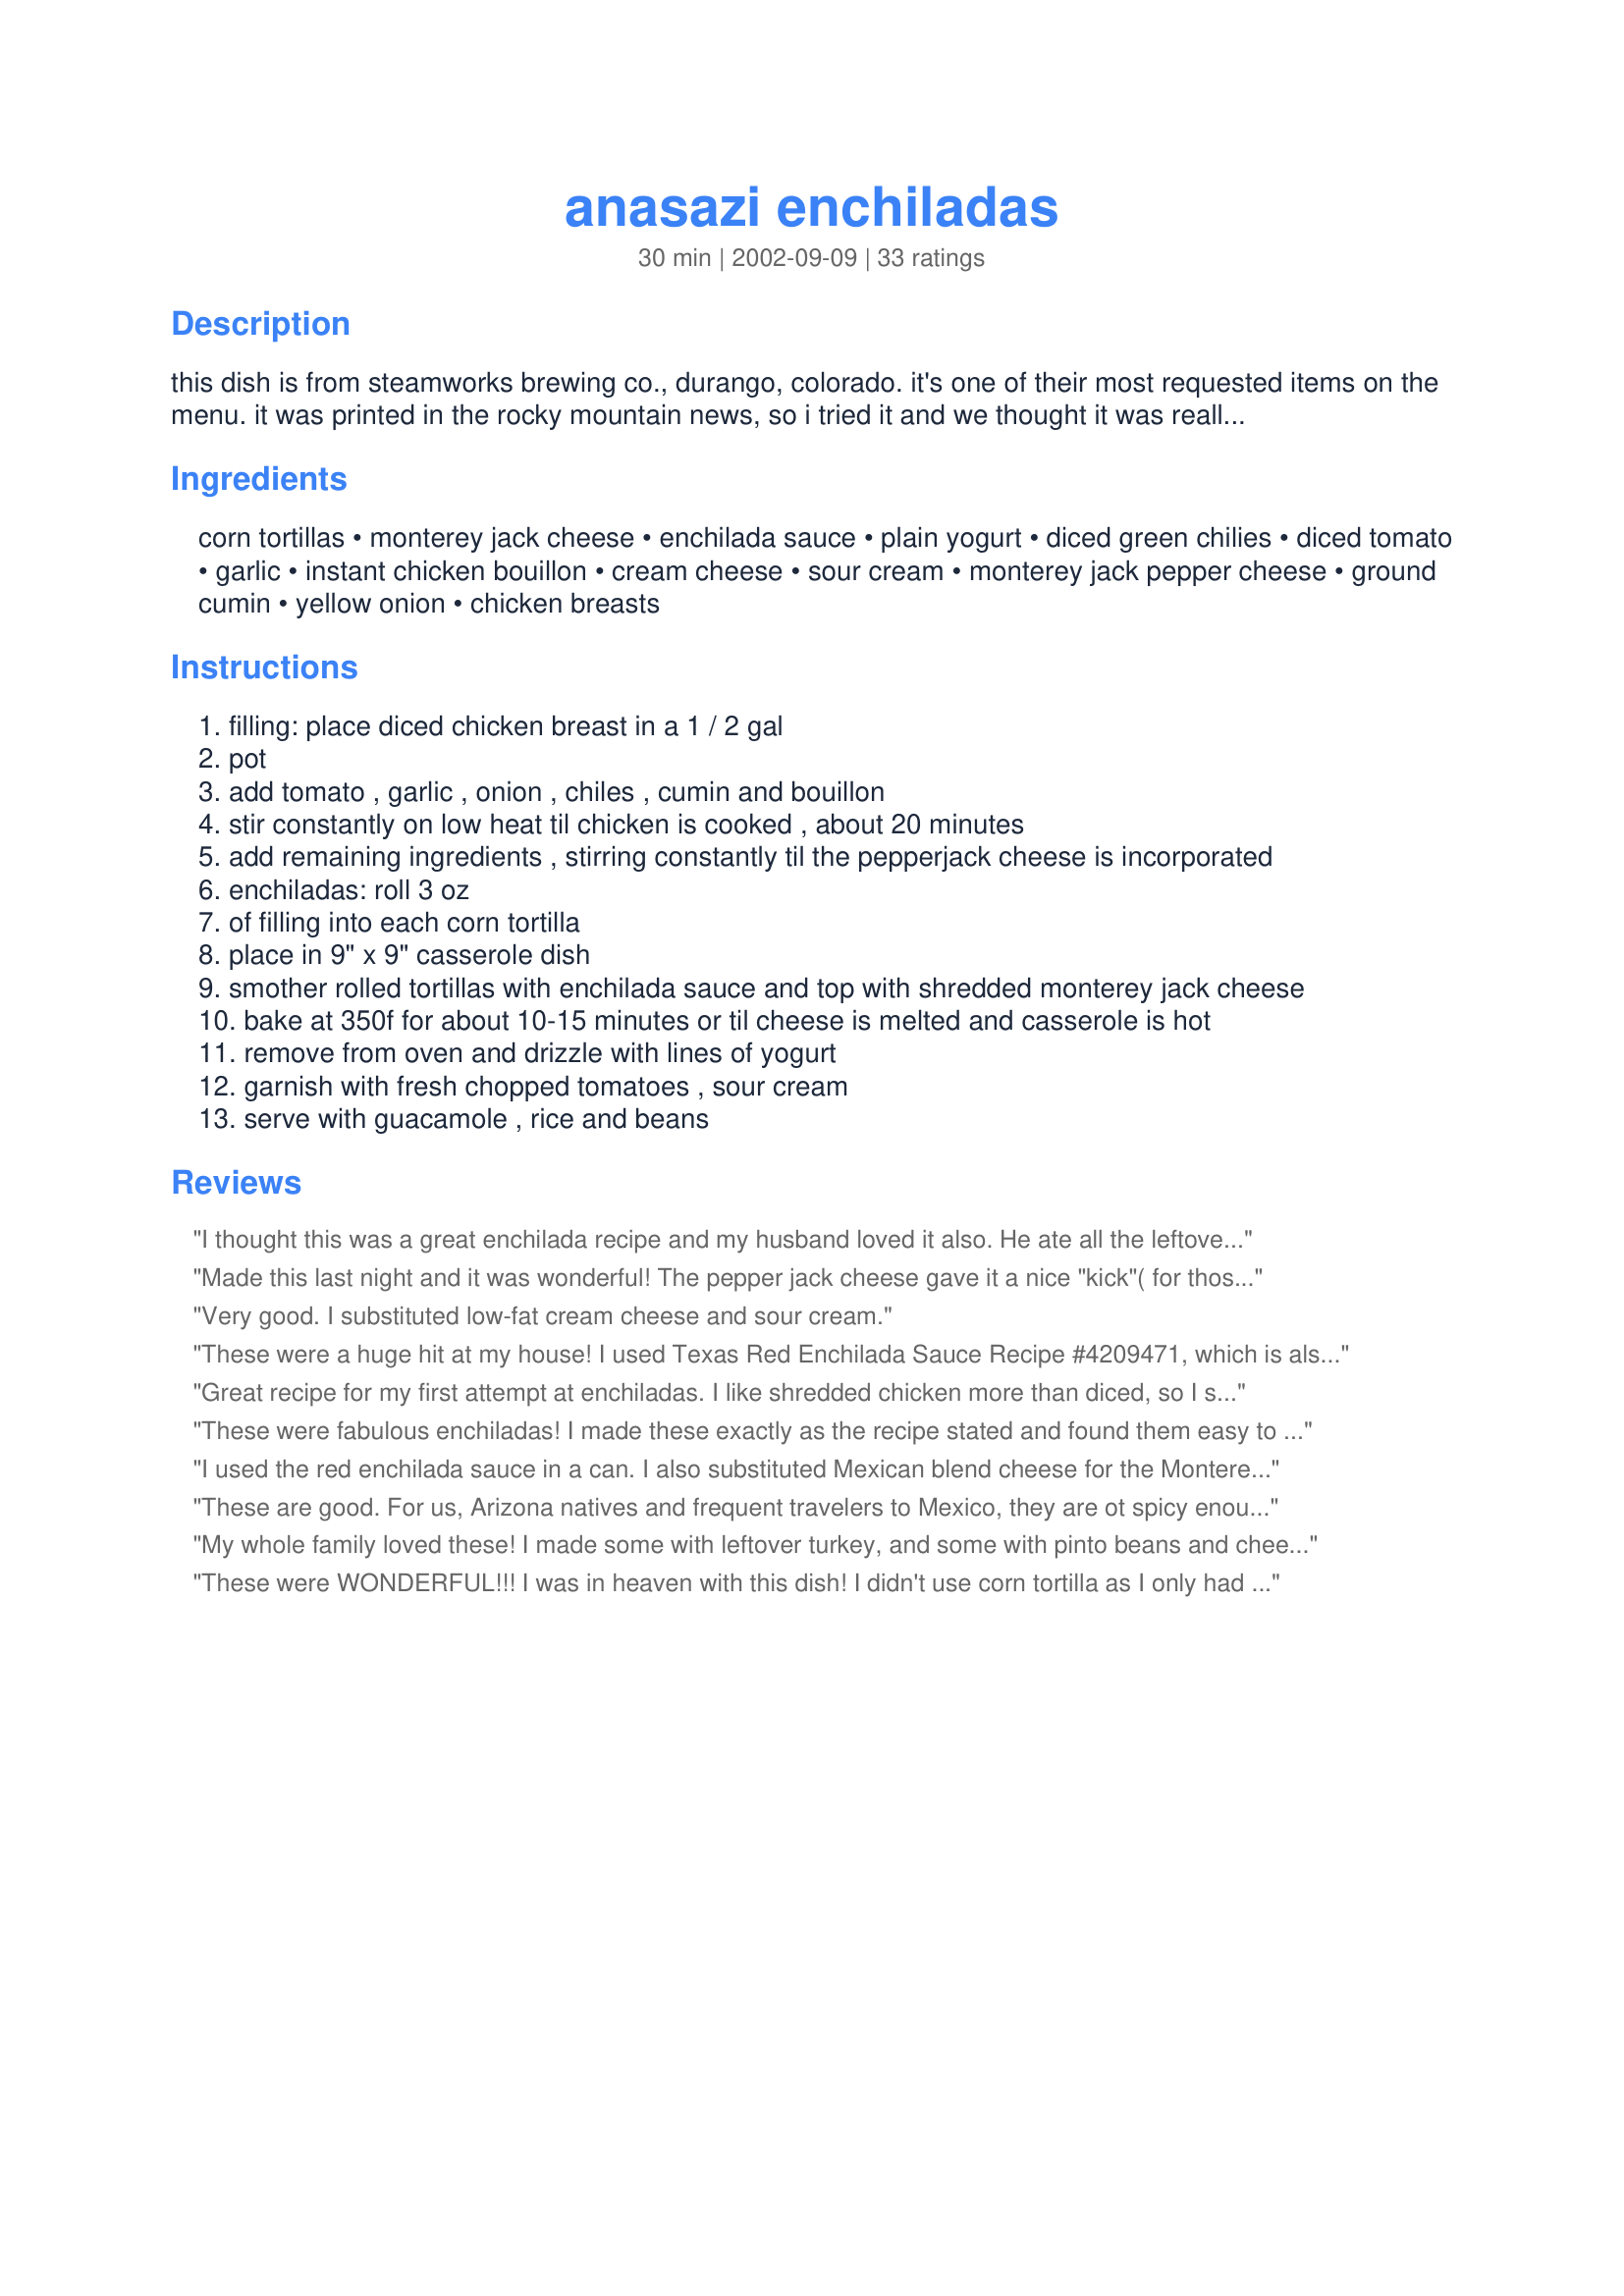
anasazi enchiladas
Preparation time: 30 minutes

this dish is from steamworks brewing co., durango, colorado. it's one of their most requested items on the menu. it was printed in the rocky mountain news, so i tried it and we thought it was really tasty. these enchiladas are named for the anasazi ruins at mesa verde national park, according to chef scotty krick.

Ingredients:
corn tortillas, monterey jack cheese, enchilada sauce, plain yogurt, diced green chilies, diced tomato, garlic, instant chicken bouillon, cream cheese, sour cream, monterey jack pepper cheese, ground cumin, yellow onion, chicken breasts

Steps:
filling: place diced chicken breast in a 1 / 2 gal
pot
add tomato , garlic , onion , chiles , cumin and bouillon
stir constantly on low heat til chicken is cooked , about 20 minutes
add remaining ingredients , stirring constantly til the pepperjack cheese is incorporated
enchiladas: roll 3 oz
of filling into each corn tortilla
place in 9" x 9" casserole dish
smother rolled tortillas with enchilada sauce and top with shredded monterey jack cheese
bake at 350f for about 10-15 minutes or til cheese is melted and casserole is hot
remove from oven and drizzle with lines of yogurt
garnish with fresh chopped tomatoes , sour cream
serve with guacamole , rice and beans

Reviews:
I thought this was a great enchilada recipe and my husband loved it also. He ate all the leftovers for breakfast! Only difference is I used flour tortillas and mexican queso fresco to top instead of M.J. I've never liked corn tortillas. Will make again!
Made this last night and it was wonderful! The pepper jack cheese gave it a nice "kick"( for those of you who don't like that much "heat" all Monterey Jack or a combination of half and half would be good ).A yummy meal for a cold, rainy night- thanks, Laudee C !
Very good. I substituted low-fat cream cheese and sour cream.
These were a huge hit at my house! I used Texas Red Enchilada Sauce
Recipe #4209471, which is also a delicious recipe.
This recipe pleased my picky husband! That's saying a lot!
Great recipe for my first attempt at enchiladas. I like shredded chicken more than diced, so I slow cooked my chicken breasts for 6 hours in the crockpot with a bit of water. It worked well. I didn't buy sour cream, so I just used 3 oz of cream cheese. Really excellent filling that I will eat alone! I would definitely recommend the Texas Red Enchilada Sauce -- as long as your chili powder is not too hot, it won't overwhelm the delicate filling. Yum!
These were fabulous enchiladas! I made these exactly as the recipe stated and found them easy to prepare and delicious to eat. We enjoyed them with spanish rice and beans on the side. Next time I fix these, I will probably use flour tortillas just because I find them to be easier to work with. Corn tortillas always seem to crack when I roll them. Thanks for this wonderful recipe, LAU =^..^=DEE!!
I used the red enchilada sauce in a can. I also substituted Mexican blend cheese for the Monterey Jack cheese and used 1/3 less fat cream cheese and low fat sour cream and you couldn't tell the difference.. Will be making again soon as everyone here gave it 5+ stars. Excellent recipe Laudee!
These are good. For us, Arizona natives and frequent travelers to Mexico, they are ot spicy enough, but very good for our "gringo" friends.
My whole family loved these! I made some with leftover turkey, and some with pinto beans and cheese for a vegetarian version. I used flour tortillas, and a can of tomatoes with chiles instead of the tomatoes and can of chiles. This was served with mashed pinto beans, yellow rice, and cole slaw. Yummy! Thanks Laudee!
These were WONDERFUL!!! I was in heaven with this dish! I didn't use corn tortilla as I only had flour but they came out delicious.
I too replaced the chicken with beans, in my case pink beans. I thought this was absolutely delicious, and I will be making it often in the future.
The only problem I had was that I had a lot of filling left over after filling the tortillas.
Hi Laudee! We all enjoy your homecooked meals as does the rest of the famiy. Keep the goodies coming to share with the rest of the world. Jan and Chuck
We enjoyed these enchiladas. I would chop my chicken a little finer as I didn't like the bigger chunks but that's no fault of the recipe - just my preference. I too used Recipe #42094 for the sauce and left out the green chilies (due to wimpy kids). Thanks for posting!
Laudee we had this last night and really enjoyed it. Had to substitute the pepperjack cheese for cheddar, the yellow onions for shallots because I can not buy the mentioned ingredients here. I first thought there was liquid missing as an ingredient, but whilst stirring the dish the ingredients produced enough. The only different thing I did was using more cumin.
 These were very good! I also added some green peppers and maybe a little extra cheese. I would like to make these again, but next time I would reduce the amount of red sauce I use. Thanks for letting us try this too!
I don't recall the last time I made something that got such rave reviews from my family. They scarfed it up like it was their last meal. Definitely a keeper.
Excellent! I actually substituted the Morningstar Veggie Crumbles in place of chicken, and veggie bouillon instead of chicken bouillon for the vegetarian portion of my family and it turned out great. After the first time I made it, I get requests for it all the time.
DELICIOUS and freezes well. Followed the recipe exactly except substituted sour cream for the yogurt. Used sauce #42094 YUM!!!
These were good - will make again.
These are excellent!! I have eaten a lot of great Mexican food in Arizona and Mexico and, I can honestly say, that this recipe stands up to the best! Unfortunately, a marginal enchilada sauce can make this five-star recipe into a three or four-star recipe because the sauce significantly influences the overall taste (including the spiciness and heat you want). Therefore, I would highly recommend using a very good quality enchilada sauce!
I made this using the texas red enchilada sauce as recommended by other reviewers. I used low fat cream cheese, no sour cream, low fat cheese, and low fat, high fiber flour tortillas. I also added 2 garlic cloves and a jalapeno to spice it up. It was really good. Next time, may try with a green enchilada sauce.
This was pretty good, but I thought the red enchilada sauce overpowered the filling. I think it would be better with green.
This "gringo" loved them! I had no difficulty scaling the recipe for 2 servings. I gestimated the "ounces" of sour cream & cheeses but otherwise, I followed the recipe exactly. I credit part of the success of this dish to Mark Hendrick's Texas Red Enchilada Sauce (recipe #42094). Thanx Laudee!
Delicious enchiladas! I made some enchiladas as the recipe is written. I also made some of them vegetarian by replacing chicken with drained and rinsed black beans, extra cheese and omitting the chicken bouillon. Either way these enchiladas were wonderful. Thanks for sharing this recipe with us LAU=^..^=DEE!
We had these for dinner this evening. Rated more than 5 stars in our book. I used leftover baked chicken,mostly dark meat..I made recipe #42094 Texas Red Enchildas sauce for this had enough filling for 12 corn tortillas,I cooked half and froze half for later..I would highly recommend this recipe..Thank U....
I made a 9X13 pan of these for my family for dinner last night and there were TWO enchiladas left. They loved them. Great recipe I will definitely make again.
I made these wonderful enchiladas for Wednesday Night Dinner at my church. To accommodate serving 125 people, I changed the preparation by baking the chicken, shredding it and adding that to the tomatoes, etc. in Step 3, that I sauteed on the grill top. Also used flour tortillas instead of corn. Just spicy enough to please a variety of tastes. We got rave reviews and many requests for the recipe!! They were great served with refried beans and Spanish Garden Rice #72377. Thanks, Laudee--we'll surely make these again!
Made these last week for company. Although they had a good flavor, they seemed somewhat dry. I made them ahead of time and made my own red sauce, maybe I didn't have enough sauce on them. Anyway, I will rey again another time.
Delicious!! Easy to make yet tastes like you slaved all day!
This is the fourth recipe I have tried on the quest for a great enchilada... the search has ended! I followed the recipe as stated, other than throwing in some diced red bell pepper I had lying around. Thanks-- I can't wait to make them again!
These enchiladas suck, in that THEY ARE SO GOOD YOU CANT PUT THEM DOWN! Questioned the liquid content but recipe delivered excellent results.
A few diced black olives on top and WALLA! A true mouth orgasim...." Thanx Huge for posting."
I would give this 6 stars if I could -- everyone loved it. Used the same shredded monterrey jack cheese for the filling and the topping, rather than a separate monterrey jack pepper cheese -- easier and a bit milder.
I *was* planning on just commenting on these 'a la' an early Mystery Science Theater 3000 episode: "Take a fascinating people with a rich culture and history, then name a goofy food snack after them."

But today I made a version of the filling and really enjoyed it over rice. I used 6 chicken breasts, cubed, browned and set aside, then sauteed onion, sweet pepper, garlic, canned tomatoes while scraping up the browned bits. Used maybe 2 T cumin, and 1 1/2 dried oregano (not powdered)and 1/2 t red pepper flakes. Then I added the chicken back in and simmered until cooked through. To finish I stirred in a 200g (about 8 ounce) package cream cheese and about 2 T diced pickled jalapeno, chopped. My chicken breasts had been brined, so they were plenty salty, otherwise you'd want to add salt, too. It was great! Thanks for the inspiration, Laudee!
